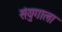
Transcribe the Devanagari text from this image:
संयुगाला